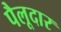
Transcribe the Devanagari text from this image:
पैलूदार